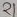
Text: 21